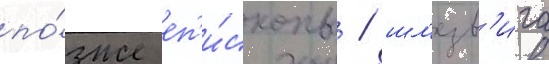
по́зже еп'и́скопы / шл'езв'ига